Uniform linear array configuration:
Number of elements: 8
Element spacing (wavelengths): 0.5
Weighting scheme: blackman
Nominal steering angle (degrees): -15
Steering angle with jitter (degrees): -15.189
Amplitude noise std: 0.05
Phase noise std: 0.05

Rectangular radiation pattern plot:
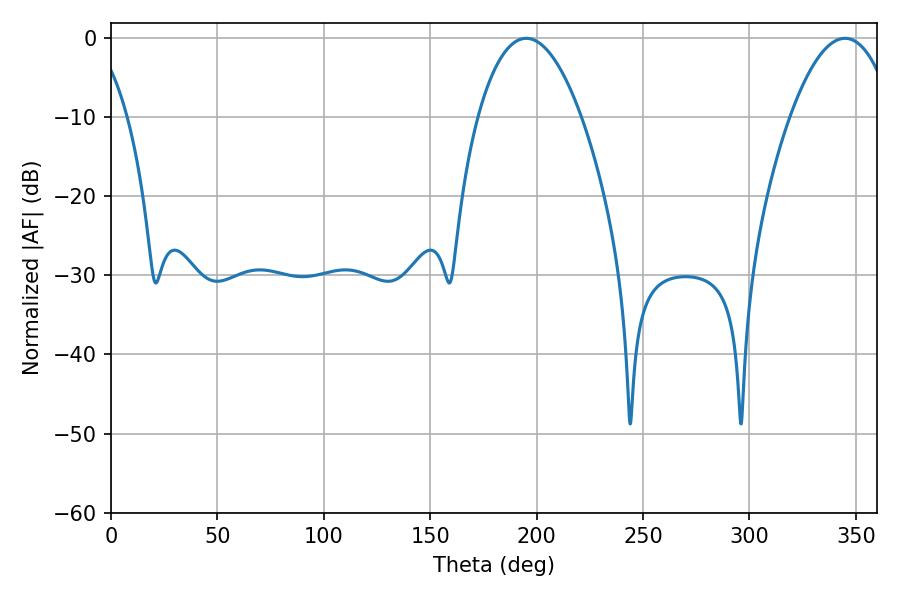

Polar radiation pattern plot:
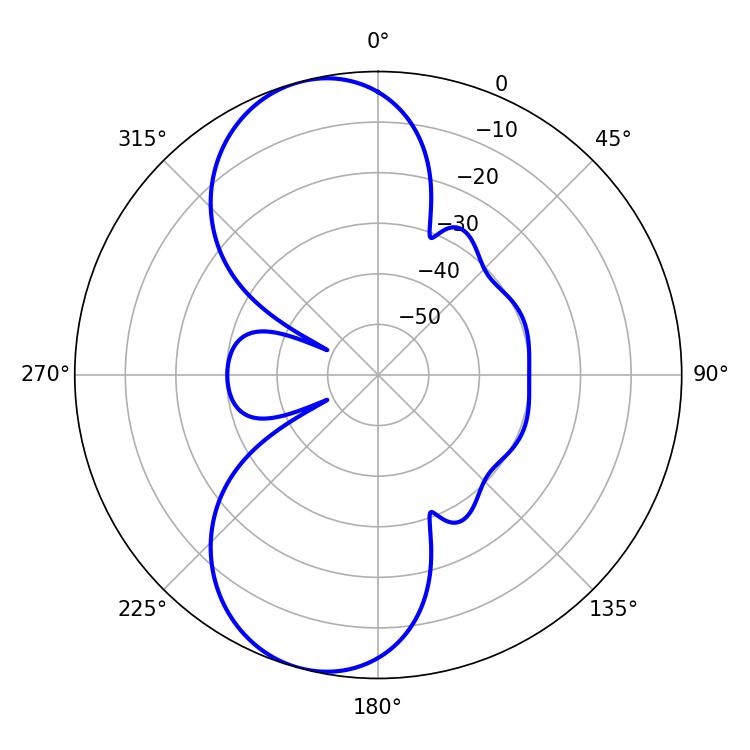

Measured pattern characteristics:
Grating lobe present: FALSE
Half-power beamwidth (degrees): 26.82
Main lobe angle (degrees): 195.12